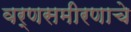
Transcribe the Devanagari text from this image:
वर्णसमीरणाचे